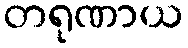
တရုဏာယ